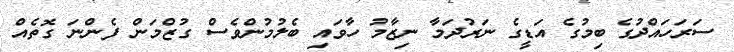
ސަރަހައްދުގެ ބިމުގެ އަޑީގެ ނަރުދަމާ ނިޒާމު ހާވައި ބެލުމުންވެސް ގުޒްމަން ފެންނަ ގޮތެއް